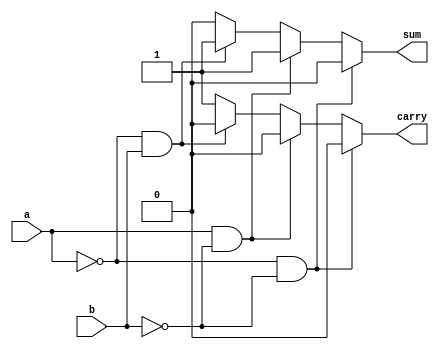
module half_adder(a,b,sum,carry);
input a,b;
output reg sum,carry;
always @(*)begin
	if(a==0 && b==0)begin
		sum=0;
		carry=0;
	end
	else if(a==1 && b==0)begin
		sum=1;
		carry=0;
	end
	else if(a==0 && b==1)begin
		sum=1;
		carry=0;
	end
	else begin
		sum=0;
		carry=1;
	end
end
endmodule